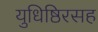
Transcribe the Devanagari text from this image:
युधिष्ठिरसह